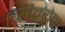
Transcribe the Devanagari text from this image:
ब्लिक्येन